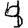
Digit: 4